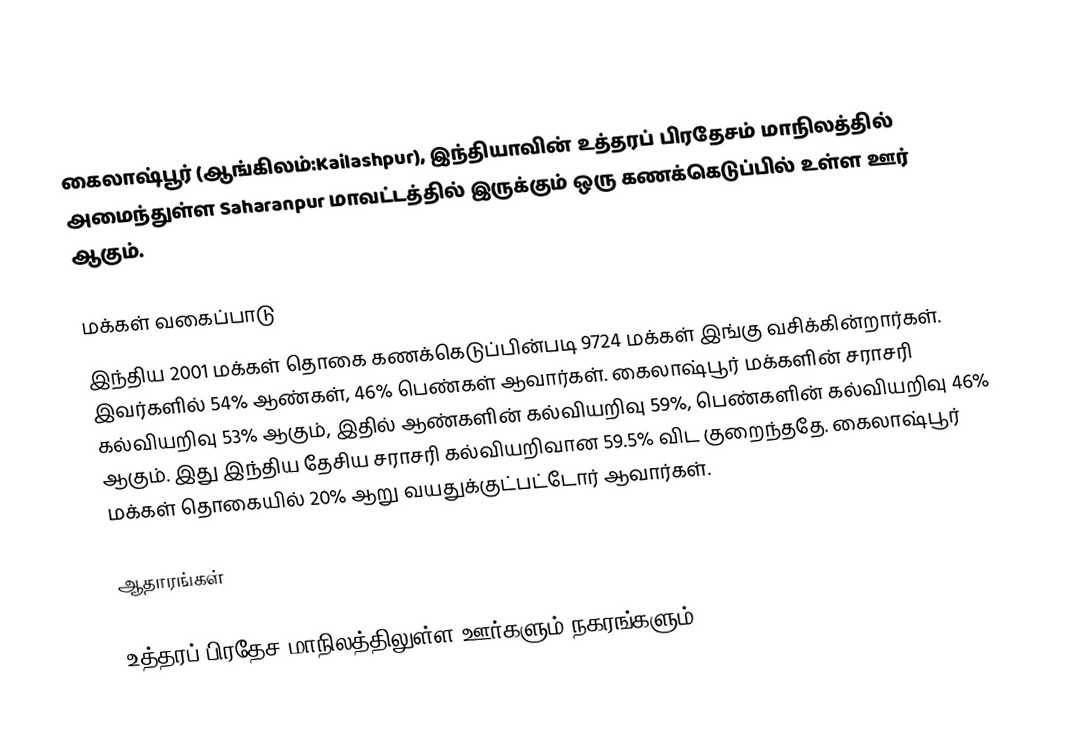
கைலாஷ்பூர் (ஆங்கிலம்:Kailashpur), இந்தியாவின் உத்தரப் பிரதேசம் மாநிலத்தில் அமைந்துள்ள Saharanpur மாவட்டத்தில் இருக்கும் ஒரு கணக்கெடுப்பில் உள்ள ஊர்  ஆகும்.

மக்கள் வகைப்பாடு
இந்திய 2001 மக்கள் தொகை கணக்கெடுப்பின்படி 9724 மக்கள் இங்கு வசிக்கின்றார்கள். இவர்களில் 54% ஆண்கள், 46% பெண்கள் ஆவார்கள். கைலாஷ்பூர் மக்களின் சராசரி கல்வியறிவு 53% ஆகும்,  இதில் ஆண்களின் கல்வியறிவு 59%,  பெண்களின் கல்வியறிவு 46% ஆகும். இது இந்திய தேசிய சராசரி கல்வியறிவான 59.5% விட குறைந்ததே. கைலாஷ்பூர் மக்கள் தொகையில் 20%  ஆறு வயதுக்குட்பட்டோர் ஆவார்கள்.

ஆதாரங்கள்

உத்தரப் பிரதேச மாநிலத்திலுள்ள ஊர்களும் நகரங்களும்